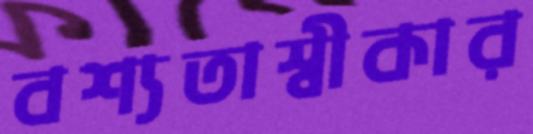
বশ্যতাস্বীকার